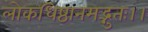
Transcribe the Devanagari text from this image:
लोकधिष्ठानमद्भुतः।।